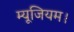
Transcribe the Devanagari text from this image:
म्यूजियम।